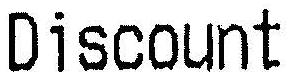
DISCOUNT